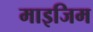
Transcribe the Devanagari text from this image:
माइजिम